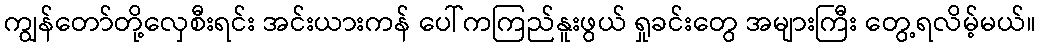
ကျွန်တော်တို့လှေစီးရင်း အင်းယားကန် ပေါ်ကကြည်နူးဖွယ် ရှုခင်းတွေ အများကြီး တွေ့ရလိမ့်မယ်။